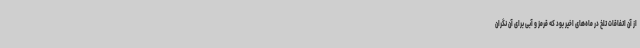
از آن اتفاقات تلخ در ماه‌های اخیر بود که قرمز و آبی برای آن نگران